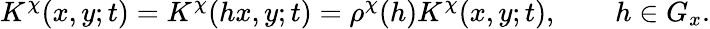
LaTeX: K^{\chi}(x,y;t)=K^{\chi}(hx,y;t)=\rho^{\chi}(h)K^{\chi}(x,y;t),\qquad h\in G_{x}.